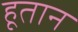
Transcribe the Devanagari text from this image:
हूतान